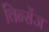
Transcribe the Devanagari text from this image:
विन्सेंज